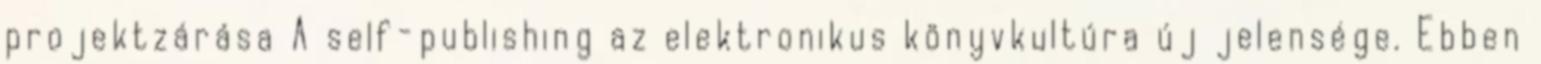
projektzárása A self-publishing az elektronikus könyvkultúra új jelensége. Ebben